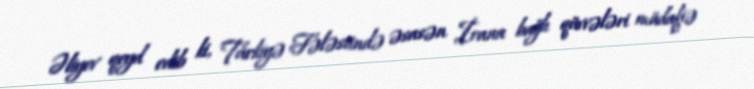
Əliyev qeyd edib ki, Türkiyə Fələstində əsasən İrana bağlı qüvvələri müdafiə